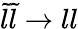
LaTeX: {\tilde{l}}{\tilde{l}}\rightarrow ll